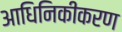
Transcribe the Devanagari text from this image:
आधिनिकीकरण